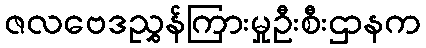
ဇလဗေဒညွှန်ကြားမှုဦးစီးဌာနက